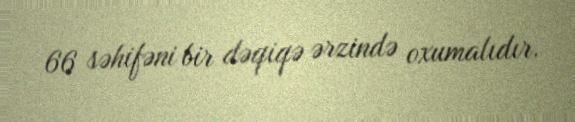
66 səhifəni bir dəqiqə ərzində oxumalıdır.